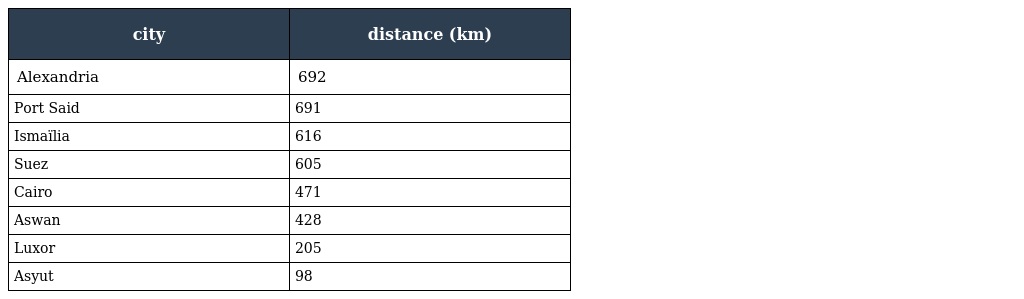
| city | distance (km) |
 | --- | --- |
 | Alexandria | 692 |
 | Port Said | 691 |
 | Ismaïlia | 616 |
 | Suez | 605 |
 | Cairo | 471 |
 | Aswan | 428 |
 | Luxor | 205 |
 | Asyut | 98 |